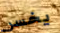
يخسر